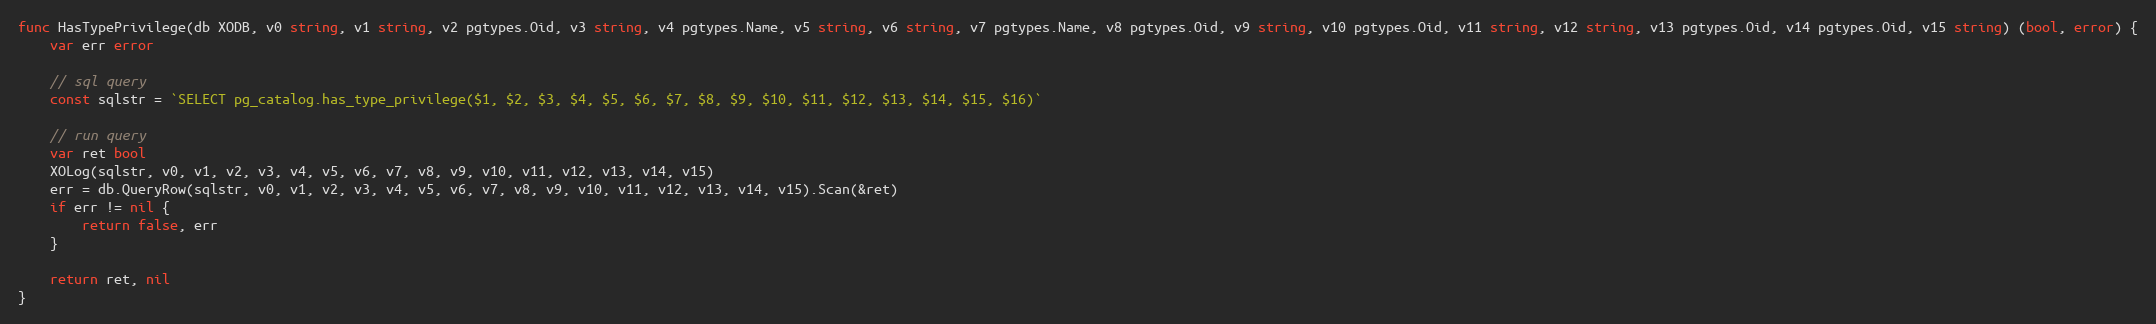
Language: Go
func HasTypePrivilege(db XODB, v0 string, v1 string, v2 pgtypes.Oid, v3 string, v4 pgtypes.Name, v5 string, v6 string, v7 pgtypes.Name, v8 pgtypes.Oid, v9 string, v10 pgtypes.Oid, v11 string, v12 string, v13 pgtypes.Oid, v14 pgtypes.Oid, v15 string) (bool, error) {
	var err error

	// sql query
	const sqlstr = `SELECT pg_catalog.has_type_privilege($1, $2, $3, $4, $5, $6, $7, $8, $9, $10, $11, $12, $13, $14, $15, $16)`

	// run query
	var ret bool
	XOLog(sqlstr, v0, v1, v2, v3, v4, v5, v6, v7, v8, v9, v10, v11, v12, v13, v14, v15)
	err = db.QueryRow(sqlstr, v0, v1, v2, v3, v4, v5, v6, v7, v8, v9, v10, v11, v12, v13, v14, v15).Scan(&ret)
	if err != nil {
		return false, err
	}

	return ret, nil
}